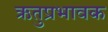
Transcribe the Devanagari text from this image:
ऋतुप्रभावक